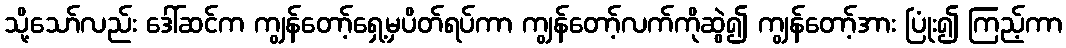
သို့သော်လည်း ဒေါ်ဆင်က ကျွန်တော့်ရှေ့မှပိတ်ရပ်ကာ ကျွန်တော့်လက်ကိုဆွဲ၍ ကျွန်တော့်အား ပြုံး၍ ကြည့်ကာ